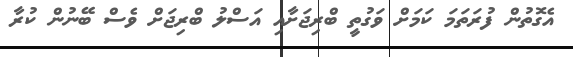
އެގޮތުން ފުރަތަމަ ކަމަށް ވަގުތީ ބްރިޖަށާއި އަސްލު ބްރިޖަށް ވެސް ބޭނުން ކުރާ